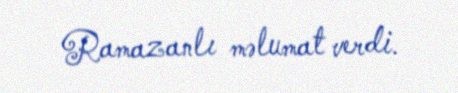
Ramazanlı məlumat verdi.